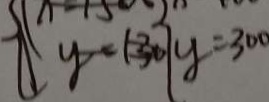
\{ y = 1 3 0 \} y = 3 0 0